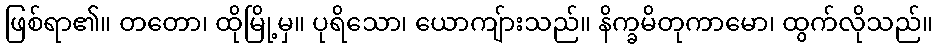
ဖြစ်ရာ၏။ တတော၊ ထိုမြို့မှ။ ပုရိသော၊ ယောကျ်ားသည်။ နိက္ခမိတုကာမော၊ ထွက်လိုသည်။